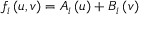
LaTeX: f _ { i } \left( u , v \right) = A _ { i } \left( u \right) + B _ { i } \left( v \right)